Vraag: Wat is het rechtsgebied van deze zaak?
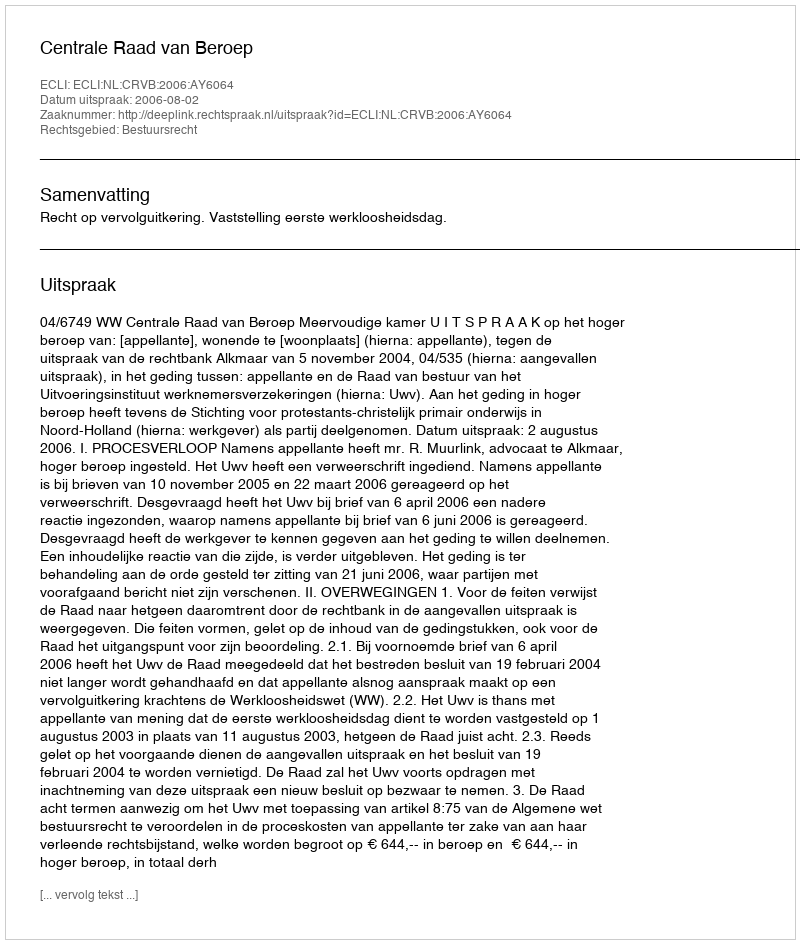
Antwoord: Bestuursrecht